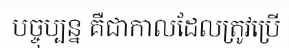
បច្ចុប្បន្ន គឺជាកាលដែលត្រូវប្រើ